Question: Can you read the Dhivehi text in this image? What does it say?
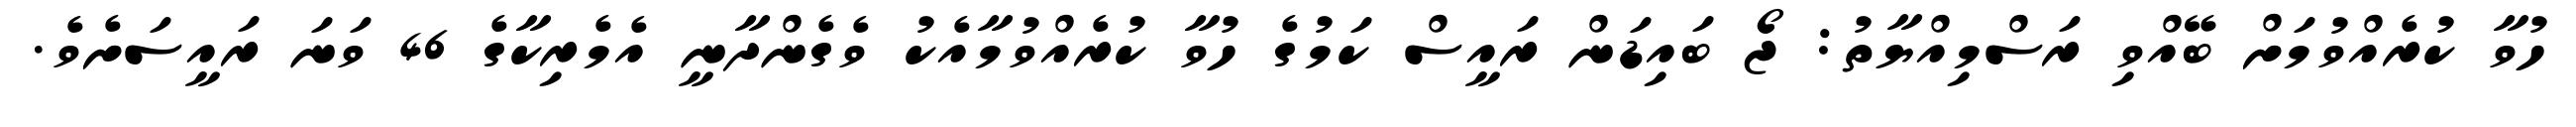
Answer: ހުވާ ކުރެއްވުމަށް ބޭއްވި ރަސްމިއްޔާތު: ޖޯ ބައިޑަން ރައީސް ކަމުގެ ހުވާ ކުރެއްވުމާއެކު ވެގެންދާނީ އެމެރިކާގެ 46 ވަނަ ރައީސަށެވެ.